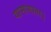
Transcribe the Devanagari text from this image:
यामागाता।